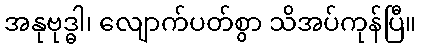
အနုဗုဒ္ဓါ၊ လျောက်ပတ်စွာ သိအပ်ကုန်ပြီ။